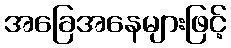
အခြေအနေများဖြင့်